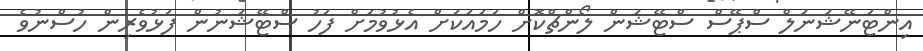
އިންޓަނޭޝަނަލް ސްޕޭސް ސްޓޭޝަން ލޯންޗްކޮށް ހަމައަކަށް އެޅުވުމަށް ފަހު ސްޓޭޝަނުން ފަޅުވެރިން ހުސްނުވެ